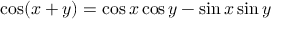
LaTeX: \cos ( x + y ) = \cos x \cos y - \sin x \sin y